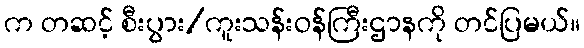
က တဆင့် စီးပွား/ကူးသန်းဝန်ကြီးဌာနကို တင်ပြမယ်။